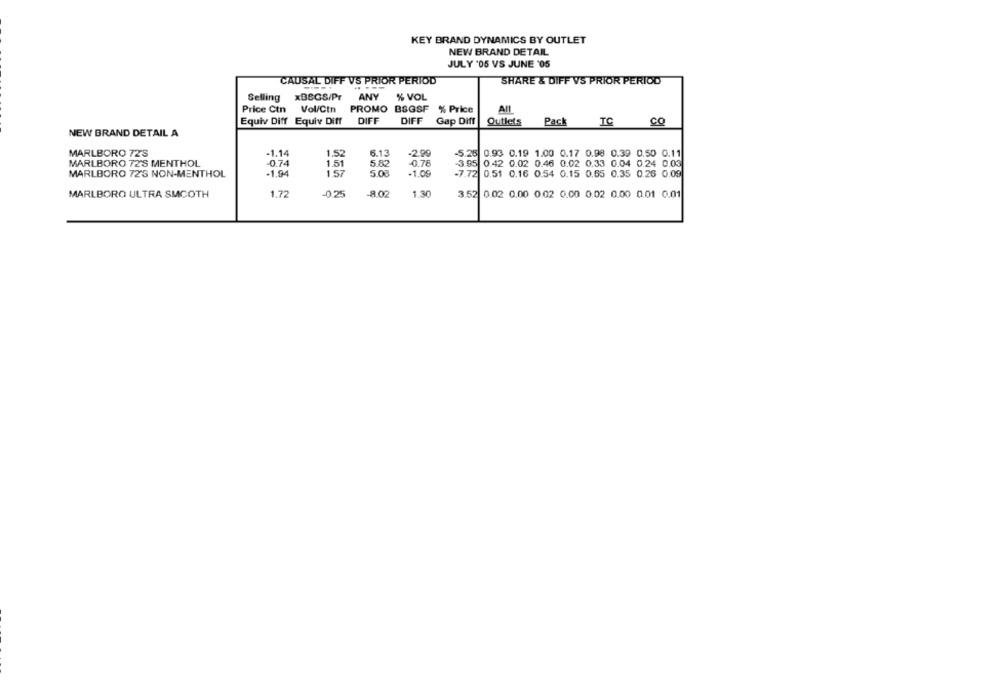
KEY BRAND DYNAMICS BY OUTLET
NEW BRAND DETAIL
JULY '05 VS JUNE '05
CAUSAL DIFF VS PRIOR PERIOD
SHARE & DIFF VS PRIOR PERIOD
Selling xBEGS/Pr
ANY
% VOL
Price Ctn Vol/Ctn PROMO BSGSF % Price
All
Equiv Diff Equiv Diff DIFF
DIFF Gap Diff
Outlets
Pack
TC
CO
NEW BRAND DETAIL A
MARLBORO 72'S
-1.14
1.52
6.13
-2.99
-5.25 0.93 0.19 1.00 0.17 0.98 0.39 0.50 0.11
MARLBORO 72'S MENTHOL
0.74
1.51
5.82
-0.78
3.95 0.42 0.02 0.46 0.02 0.33 0.04 0.24 0.03
MARLBORO 72'S NON-MENTHOL
-1,94
1.57
5.08
-1.09
-7.72 0.51 0.16 0.54 0.15 0.55 0.35 0.26 0.09
MARLBORO ULTRA SMOOTH
1.72
-025
-8.02
1.30
3.52 0.02 0.00 0.02 0.00 0.02 0.00 0.01 0.01